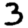
Digit: 3